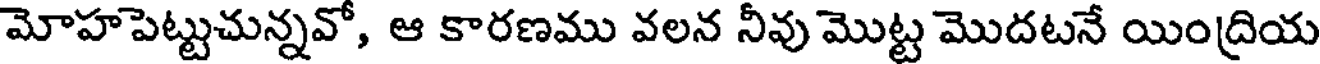
మోహపెట్టుచున్నవో, ఆ కారణము వలన నీవు మొట్ట మొదటనే యింద్రియ